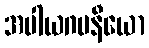
အပါယဂမနီယော